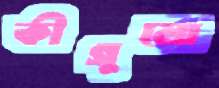
কীগুলো